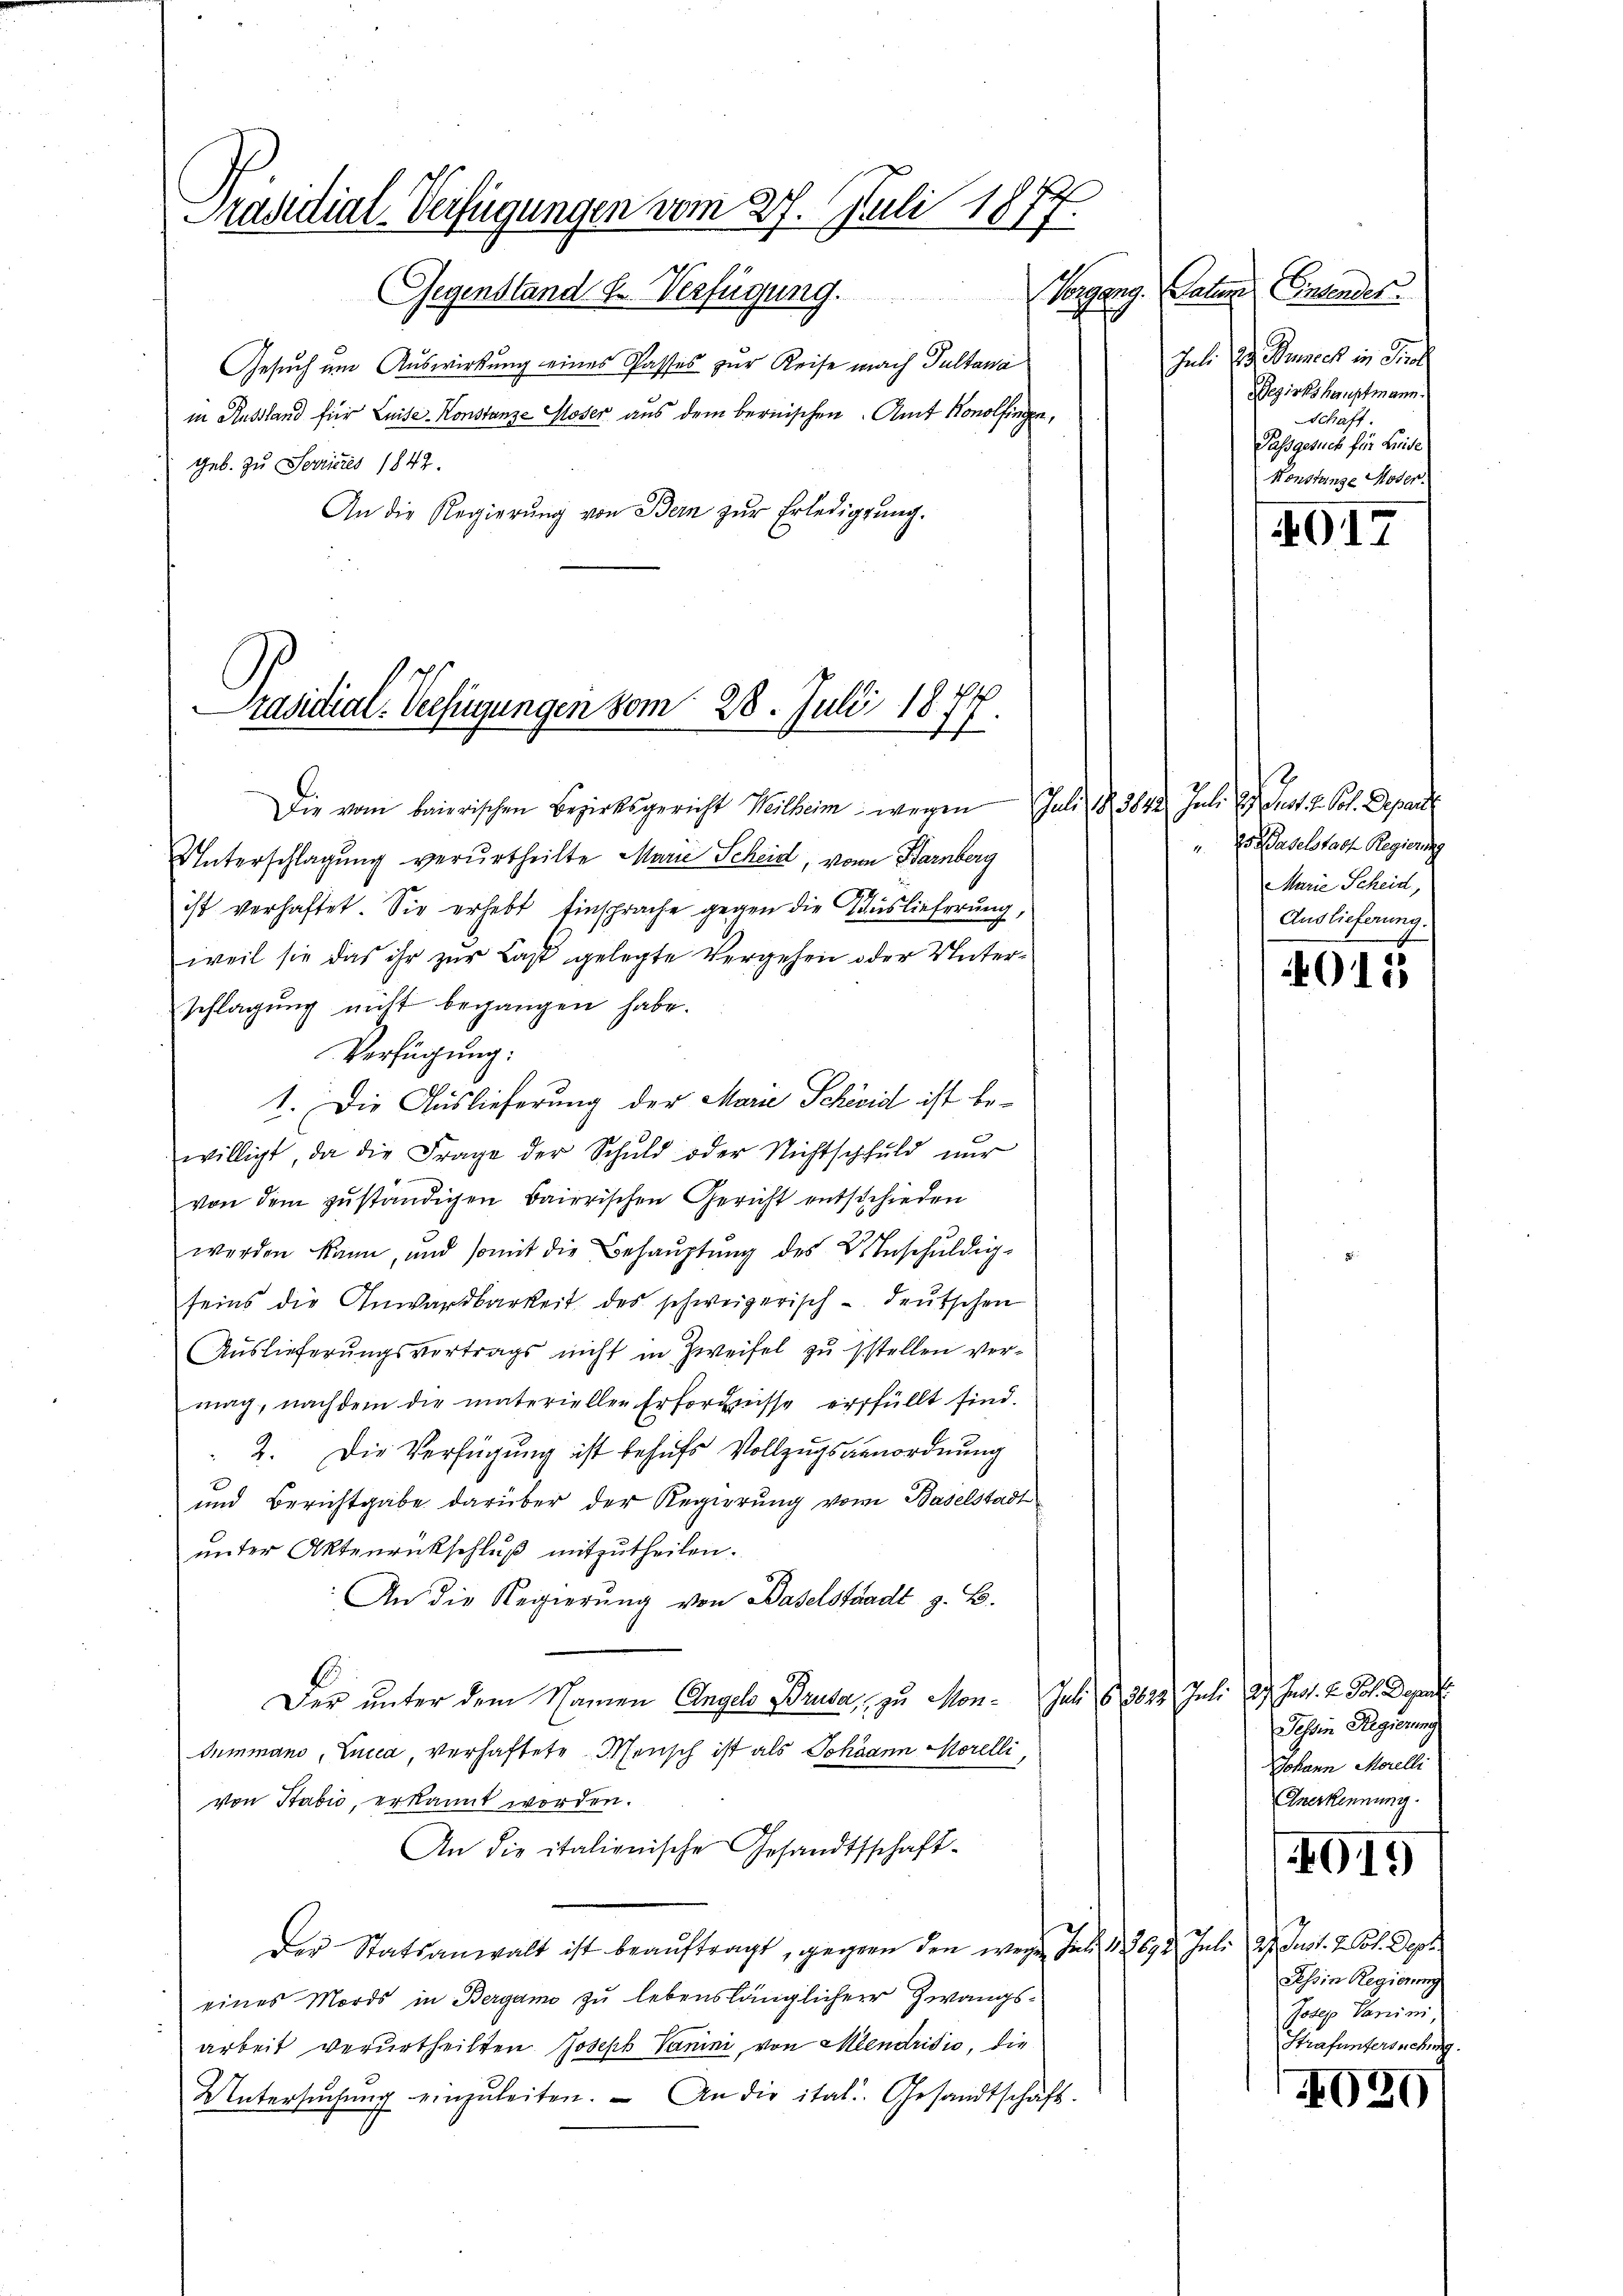
Präsidial-Verfügungen vom 27. Juli 1877.
Gegenstand u. Verfügung.

Gesuch um Auswirkung eines Passes zur Reise mach Pultana
in Russland für Luise-Konstanze Gloser aus dem bernischen. Amt Konolfingen,
geb. Zu Ferieres 1842.
An die Regierŭng von Bern zŭr Erledigung.

Präsidial-Verfügungen vom 28. Juli 1877

Die vom baierischen Bezirksgericht Weilheim wegen Juli 13842. Jul. 1. Just u. Pol. Departe
Unterschlagung verurtheilte Marie Scheid, von Barnberg
ist verhaftet. Sie erhebt Einsprache gegen die Auslieferung,
weil sie das ihr zur Last gelegte Vergehen oder Unterschlagung nicht begangen habe.
Verfügung:
1. Die Auslieferung der Marie Scheid ist bewilligt, da die Frage der Schuld oder Nichtschuld nŭr
von dem zuständigen Baierischen Gericht entschieden
werden kann, und somit die Behaŭptŭng des B. Inschŭldig-
seins die Anwardbarkeit des schweizerisch - deutschen
Aŭslieferŭngsvertrags nicht in Zweifel zŭ stellen ver-
mag, nachdem die materiellen Erforgnisse erfüllt sind.
2. Die Verfügung ist behufs Vollzugsanordnung
und Berichtgabe darüber der Regierung von Baselstadt
ŭnter Aktenrückschlŭβ mitzutheilen.
An die Regierŭng von Baselstandt z. B.
E
Der unter dem Namen Angels Brusa, zu Mon- Juli 63623 Juli 27. Just. v. Joh. Depart
Summand, Lucca, verhaftete Mensch ist als Johann Morelli,
von Stabić, erkannt worden.
An die italienische Gesandtschaft-
Der Statsanwalt ist beaŭftragt, gegen den wegen Juli 12692. Juli 27. Just. 2. Oct. Dep
eines Mords in Bergann zu lebenslänglicher Zwangsarbeit verurtheilten Joseph Vanni, von Mendrisio, die
Untersŭchŭng einzŭleiten. An die ital. Gesandtschäft

Vorgang. Paten Entender
Juli d. Ruech in Prot
Bezirkshauptmann.
Schaft.
Passgesuch für Leide
Konstunge Moser.

4G17

2  daselstadt Regierung
Marie Scheid,
Auslieferung.

015

Tessin Regierung
Johann Morelli
Anerkennung.

1019

Tessin Regierung
Joseph Carini,
Strafuntersuchung.

N039